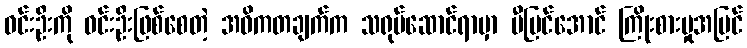
ဝင်းဦးကို ဝင်းဦးဖြစ်စေတဲ့ အဓိကတချက်က သရုပ်ဆောင်ရာမှာ ပီပြင်အောင် ကြိုးစားမှုအပြင်